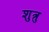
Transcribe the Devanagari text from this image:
शुत्रु